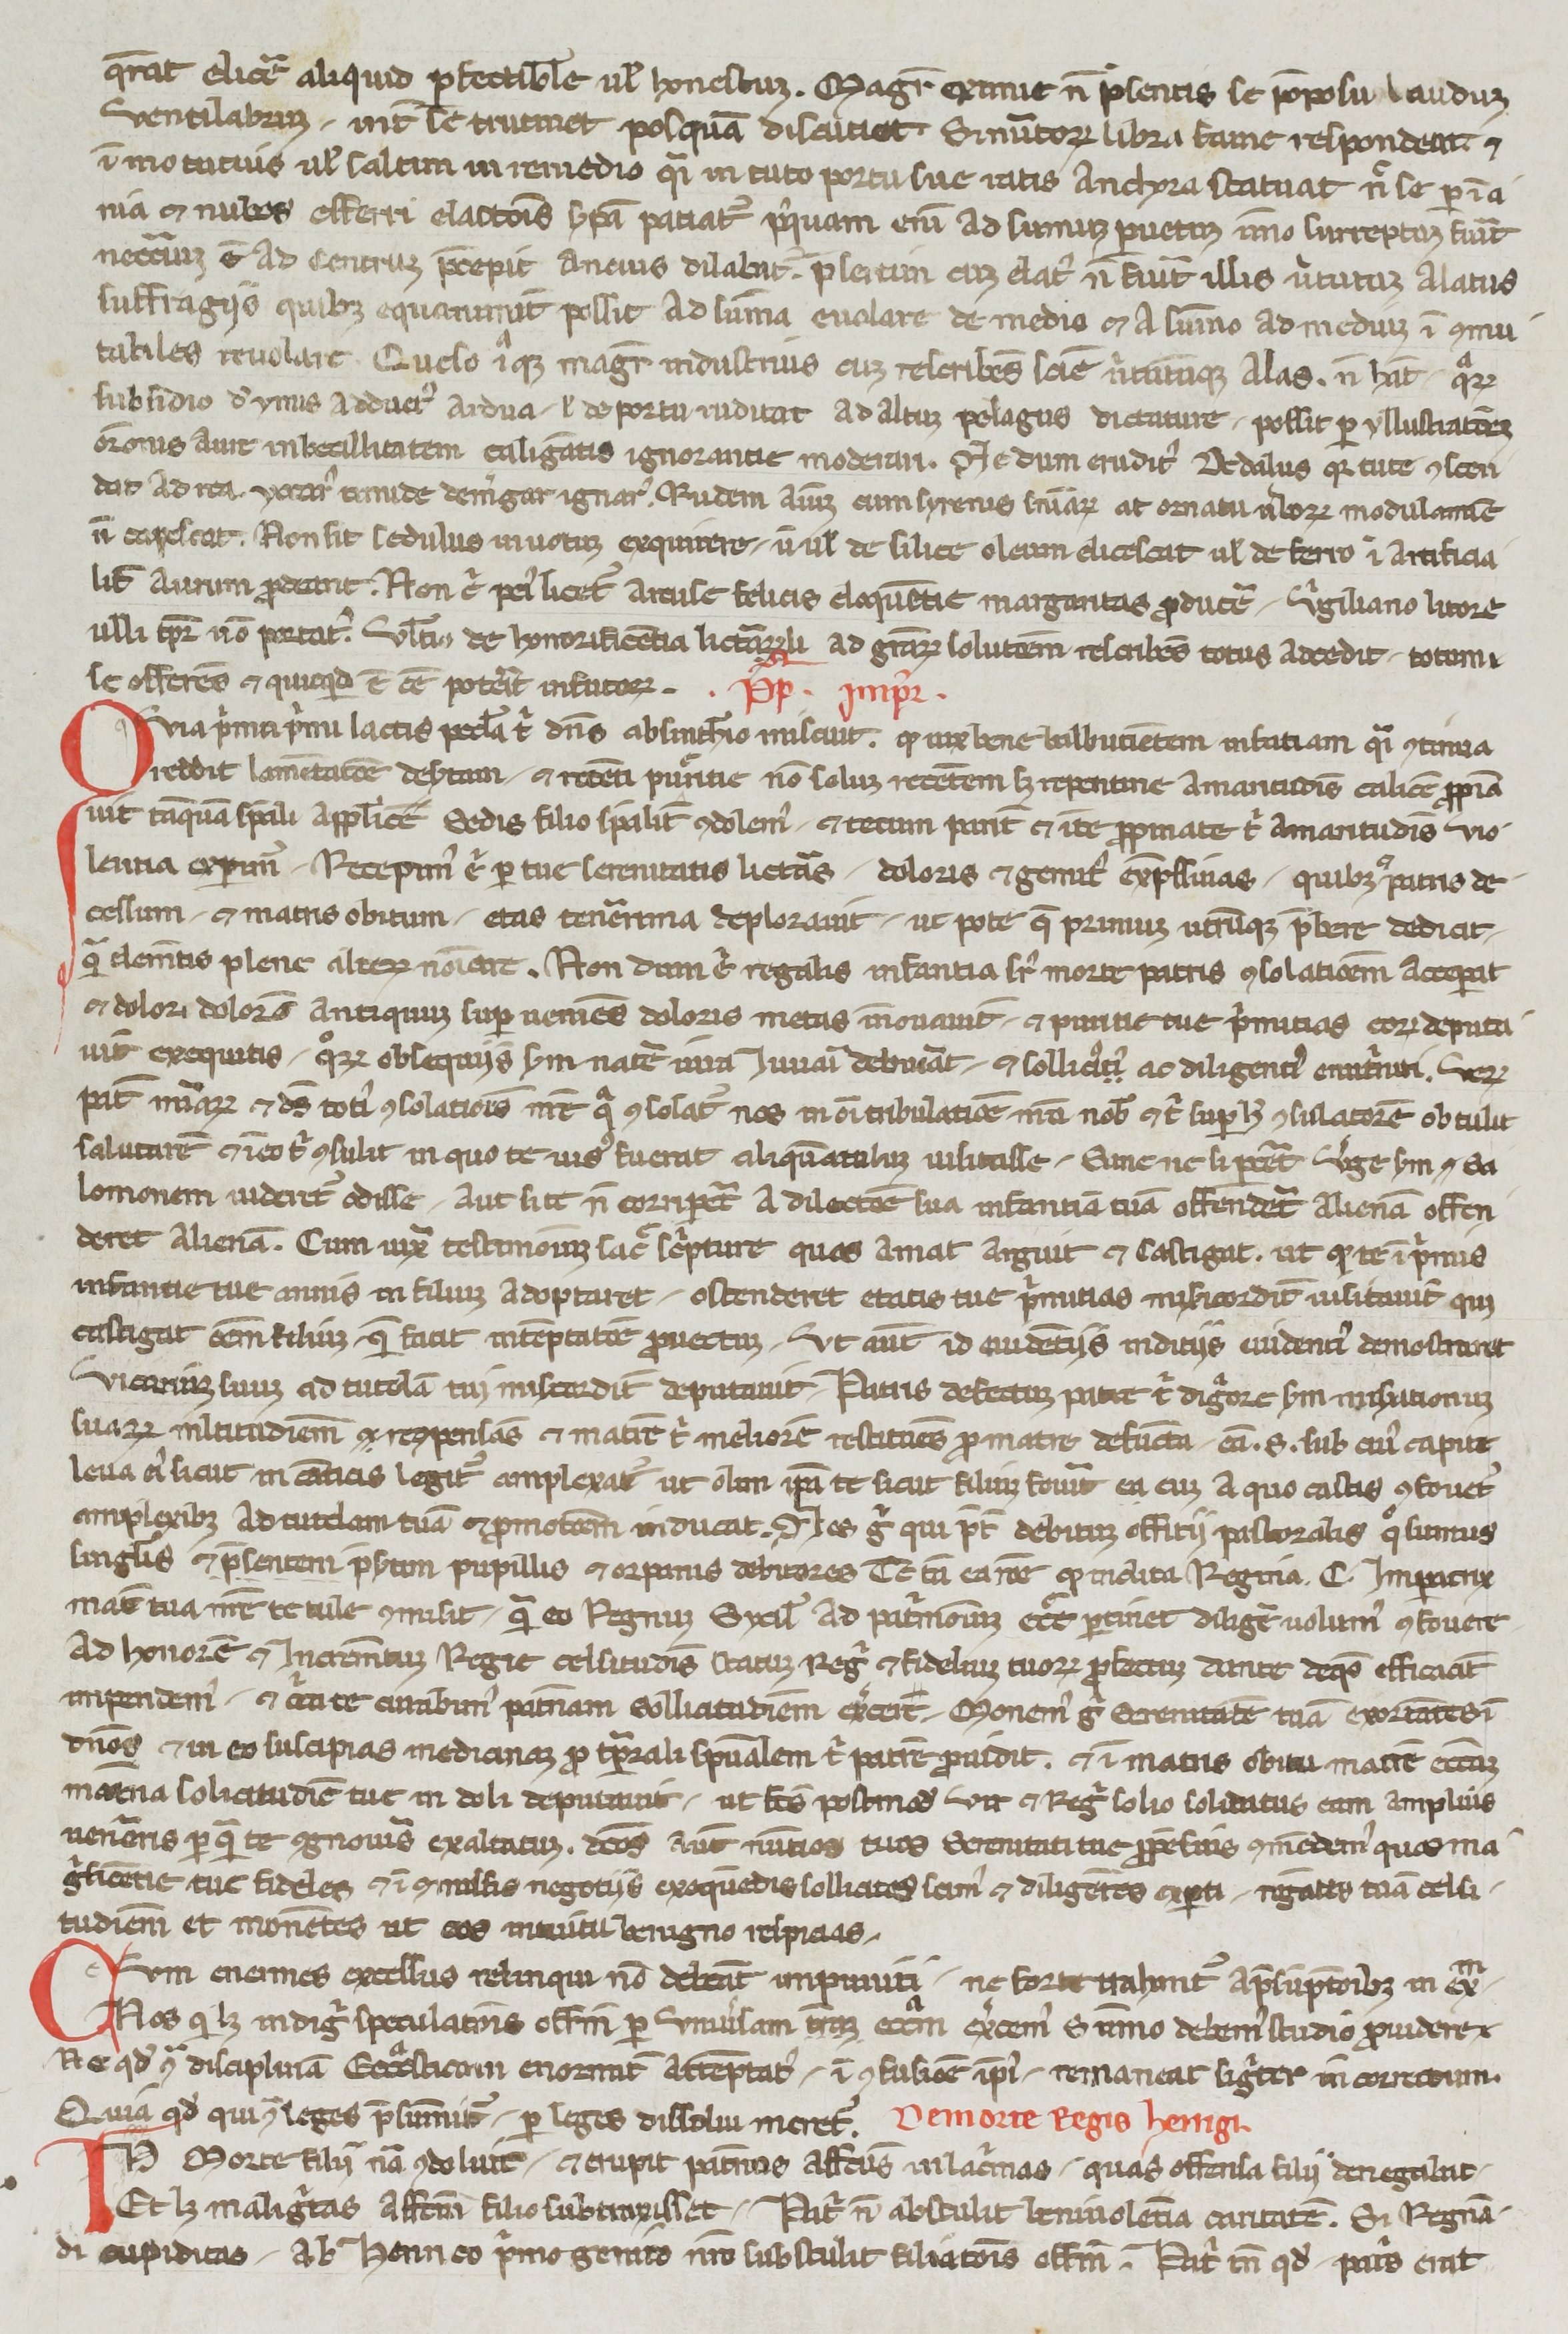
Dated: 1250–1299